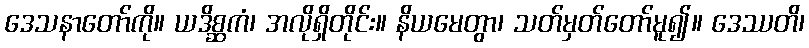
ဒေသနာတော်ကို။ ယဒိစ္ဆကံ၊ အလိုရှိတိုင်း။ နိယမေတွာ၊ သတ်မှတ်တော်မူ၍။ ဒေဿတိ၊